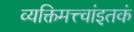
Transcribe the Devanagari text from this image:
व्यक्तिमत्त्वांइतकं